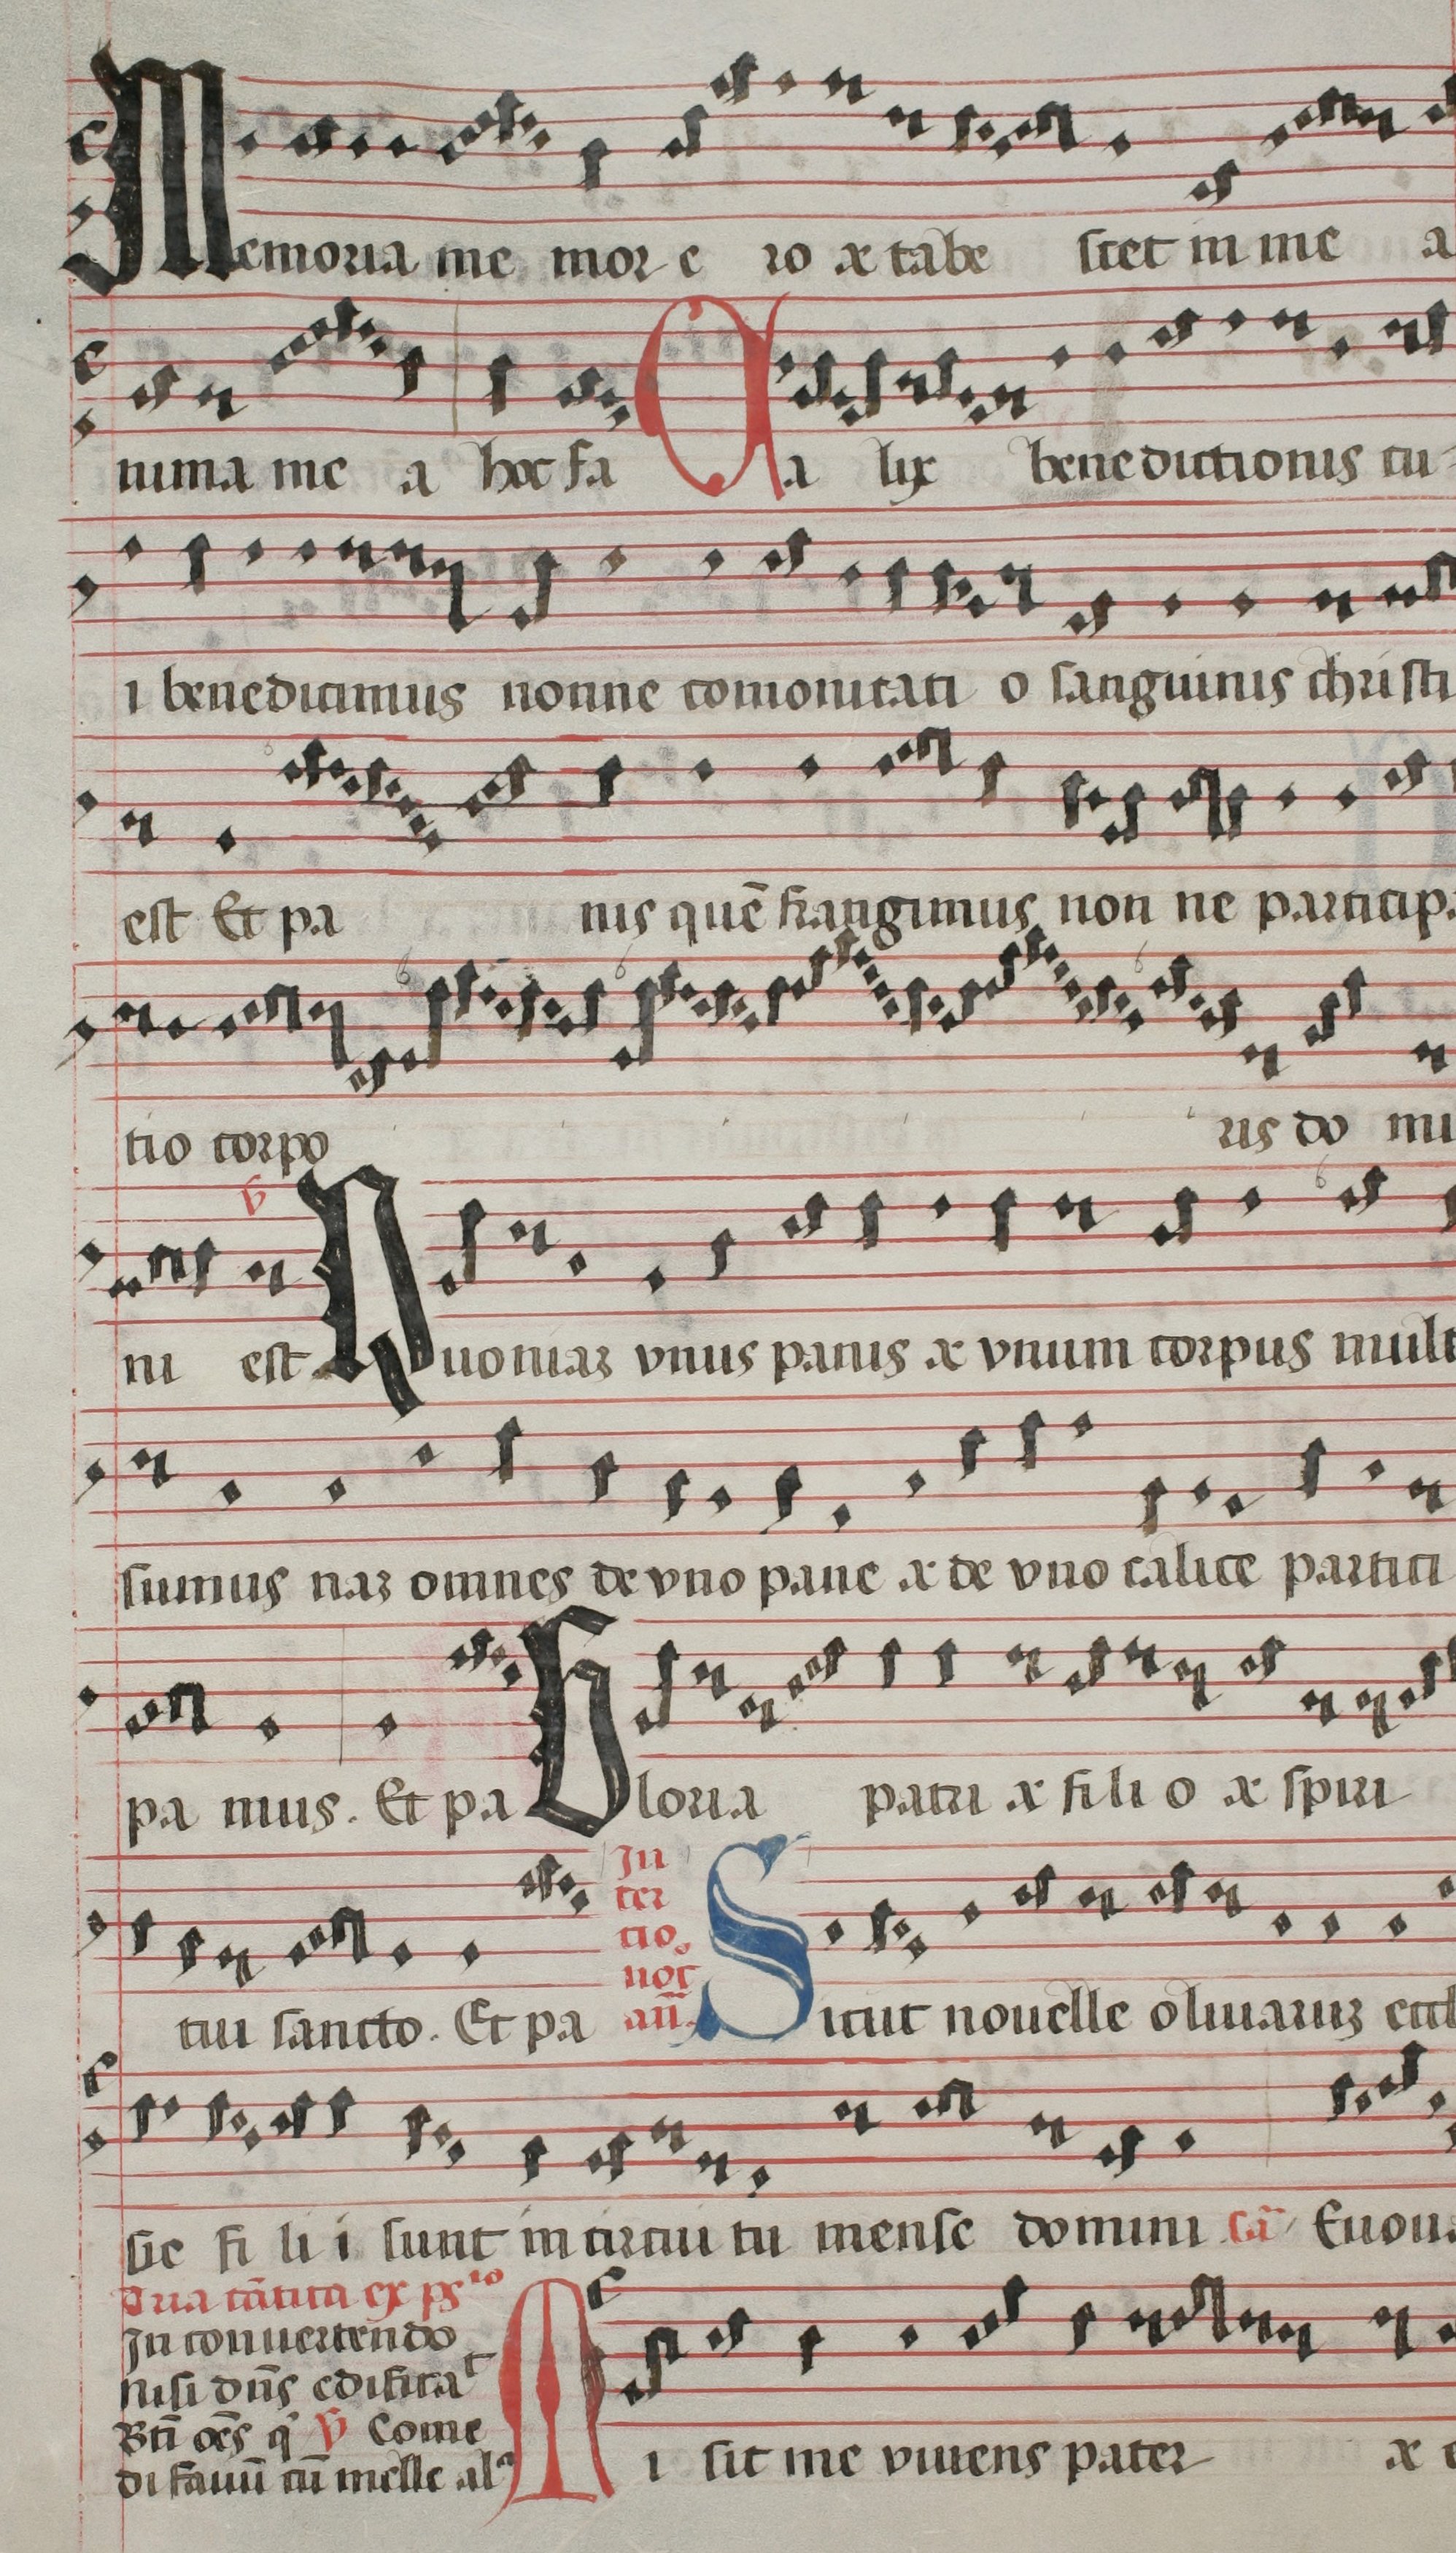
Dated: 1544–1544